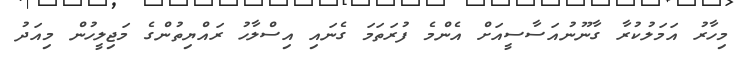
މިހާރު އަމަލުކުރާ ގާނޫނުއަސާސީއަށް އެންމެ ފުރަތަމަ ގެނައި އިސްލާހު ރައްޔިތުންގެ މަޖިލީހުން މިއަދު